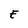
Character: E